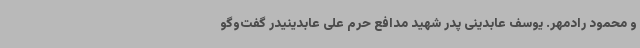
و محمود رادمهر. یوسف‌ عابدینی پدر شهید مدافع حرم علی عابدینیدر گفت‌وگو